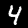
Label: 4